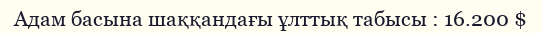
Адам басына шаққандағы ұлттық табысы : 16.200 $